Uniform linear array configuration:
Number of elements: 32
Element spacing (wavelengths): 1
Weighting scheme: binomial
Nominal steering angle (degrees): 30
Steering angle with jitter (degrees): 29.513
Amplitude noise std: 0.05
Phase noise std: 0.05

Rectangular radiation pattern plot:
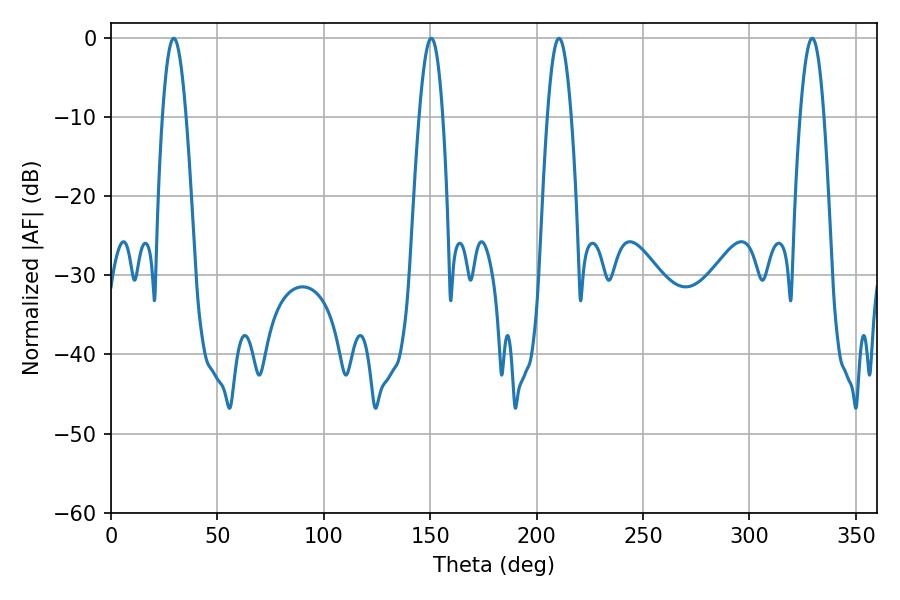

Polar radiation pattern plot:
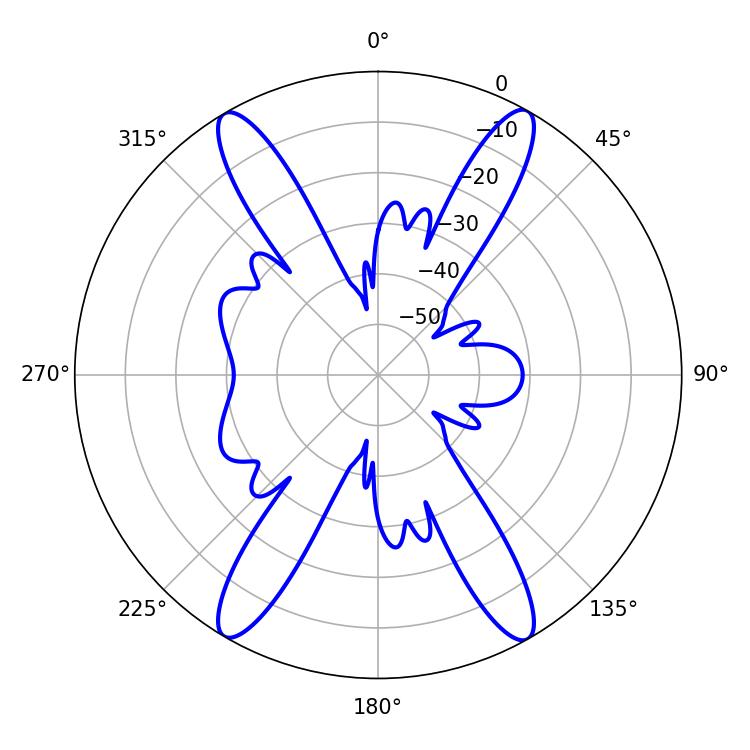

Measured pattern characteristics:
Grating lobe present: TRUE
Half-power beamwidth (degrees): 6.12
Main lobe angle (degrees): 29.52